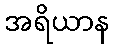
အရိယာန